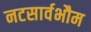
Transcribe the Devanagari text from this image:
नटसार्वभौम